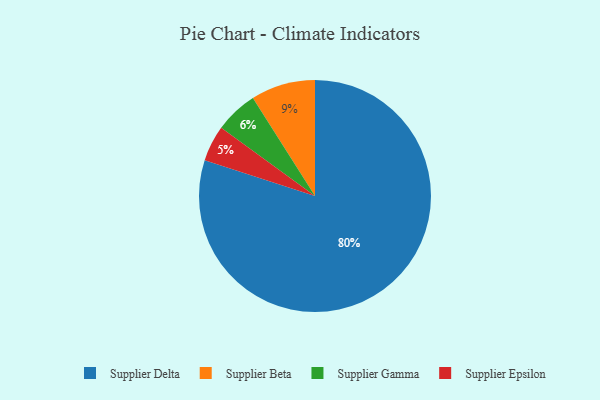
{"axis": {"x": "Category", "y": "Percentage"}, "legend": ["Supplier Beta", "Supplier Delta", "Supplier Epsilon", "Supplier Gamma"], "data": [{"x": "Supplier Beta", "y": 9, "type": "Supplier Beta"}, {"x": "Supplier Epsilon", "y": 5, "type": "Supplier Epsilon"}, {"x": "Supplier Delta", "y": 80, "type": "Supplier Delta"}, {"x": "Supplier Gamma", "y": 6, "type": "Supplier Gamma"}]}